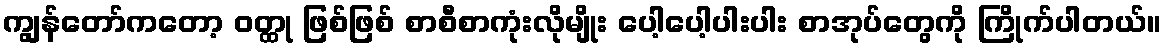
ကျွန်တော်ကတော့ ဝတ္ထု ဖြစ်ဖြစ် စာစီစာကုံးလိုမျိုး ပေါ့ပေါ့ပါးပါး စာအုပ်တွေကို ကြိုက်ပါတယ်။